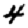
Digit: 4